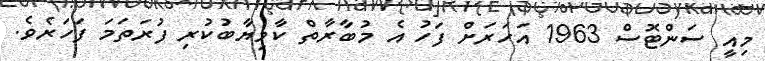
މިއީ ސަންޓޮސް 1963 އަހަރަށް ފަހު އެ މުބާރާތް ކާމިޔާބުކުރި ފުރަތަމަ ފަހަރެވެ.